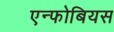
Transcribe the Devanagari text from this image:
एन्फोबियस